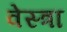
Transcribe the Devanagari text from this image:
वेस्त्रा